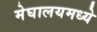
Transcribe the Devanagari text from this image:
मेघालयमध्ये